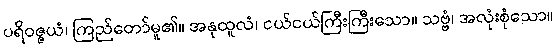
ပရိဝဇ္ဇယံ၊ ကြည်တော်မူ၏။ အနုထူလံ၊ ငယ်ငယ်ကြီးကြီးသော။ သဗ္ဗံ၊ အလုံးစုံသော။